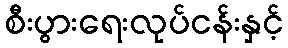
စီးပွားရေးလုပ်ငန်းနှင့်